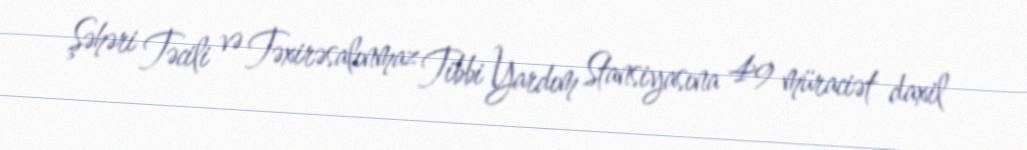
Şəhəri Təcili və Təxirəsalınmaz Tibbi Yardım Stansiyasına 49 müraciət daxil